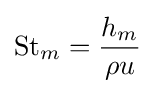
\mathrm {St} _{m}={\frac {h_{m}}{\rho u}}